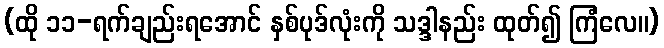
(ထို ၁၁-ရက်ချည်းရအောင် နှစ်ပုဒ်လုံးကို သဒ္ဒါနည်း ထုတ်၍ ကြံလေ။)